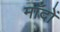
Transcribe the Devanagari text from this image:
माँदों